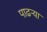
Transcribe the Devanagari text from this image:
पाढर्‍या